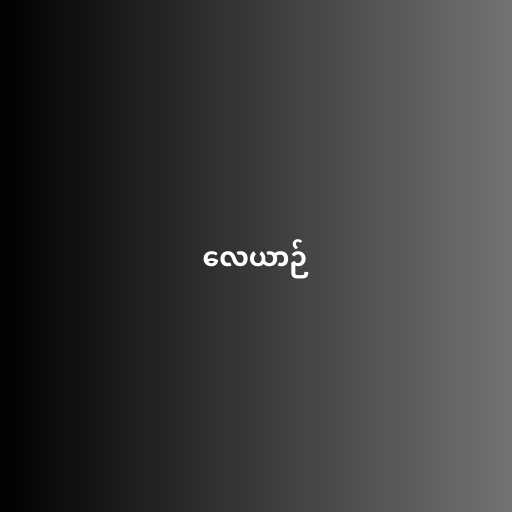
လေယာဉ်